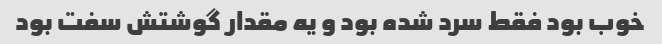
خوب بود فقط سرد شده بود و یه مقدار گوشتش سفت بود